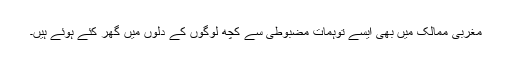
مغربی ممالک میں بھی ایسے توہمات مضبوطی سے کچھ لوگوں کے دلوں میں گھر کئے ہوئے ہیں۔